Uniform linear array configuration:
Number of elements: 4
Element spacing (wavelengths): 0.75
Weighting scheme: binomial
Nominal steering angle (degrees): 30
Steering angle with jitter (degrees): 31.049
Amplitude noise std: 0.05
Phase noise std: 0.05

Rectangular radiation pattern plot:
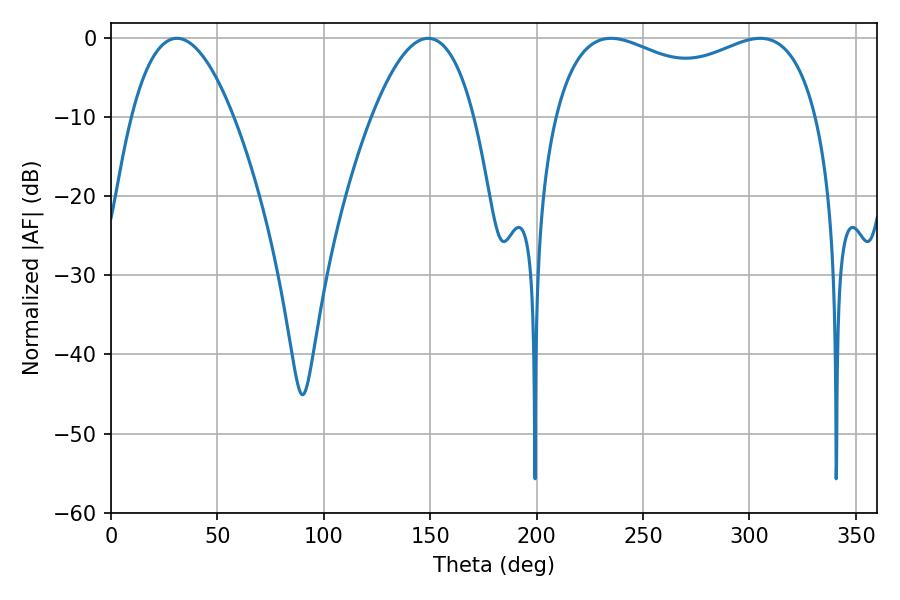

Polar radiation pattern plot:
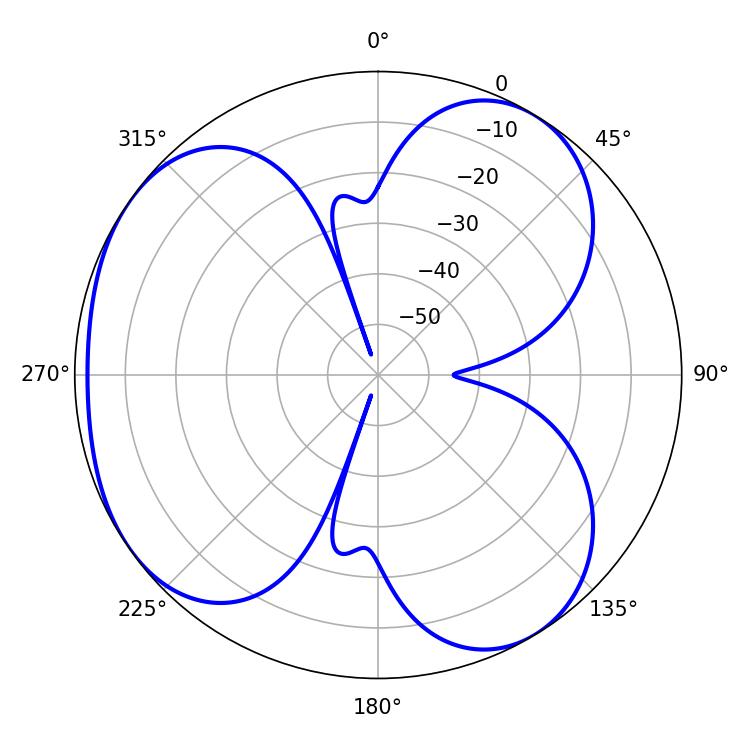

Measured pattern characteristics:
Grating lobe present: TRUE
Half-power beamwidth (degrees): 26.46
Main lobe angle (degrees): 30.96